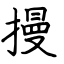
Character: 摱